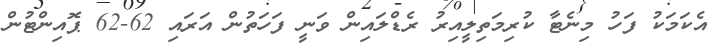
އެކަމަކު ފަހު މިނެޓާ ކުރިމަތިލީއިރު ރެޑްލައިން ވަނީ ފަހަތުން އަރައި 62-62 ޕޮއިންޓުން